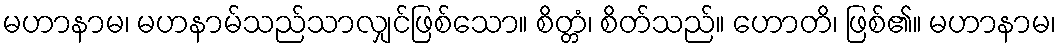
မဟာနာမ၊ မဟနာမ်သည်သာလျှင်ဖြစ်သော။ စိတ္တံ၊ စိတ်သည်။ ဟောတိ၊ ဖြစ်၏။ မဟာနာမ၊